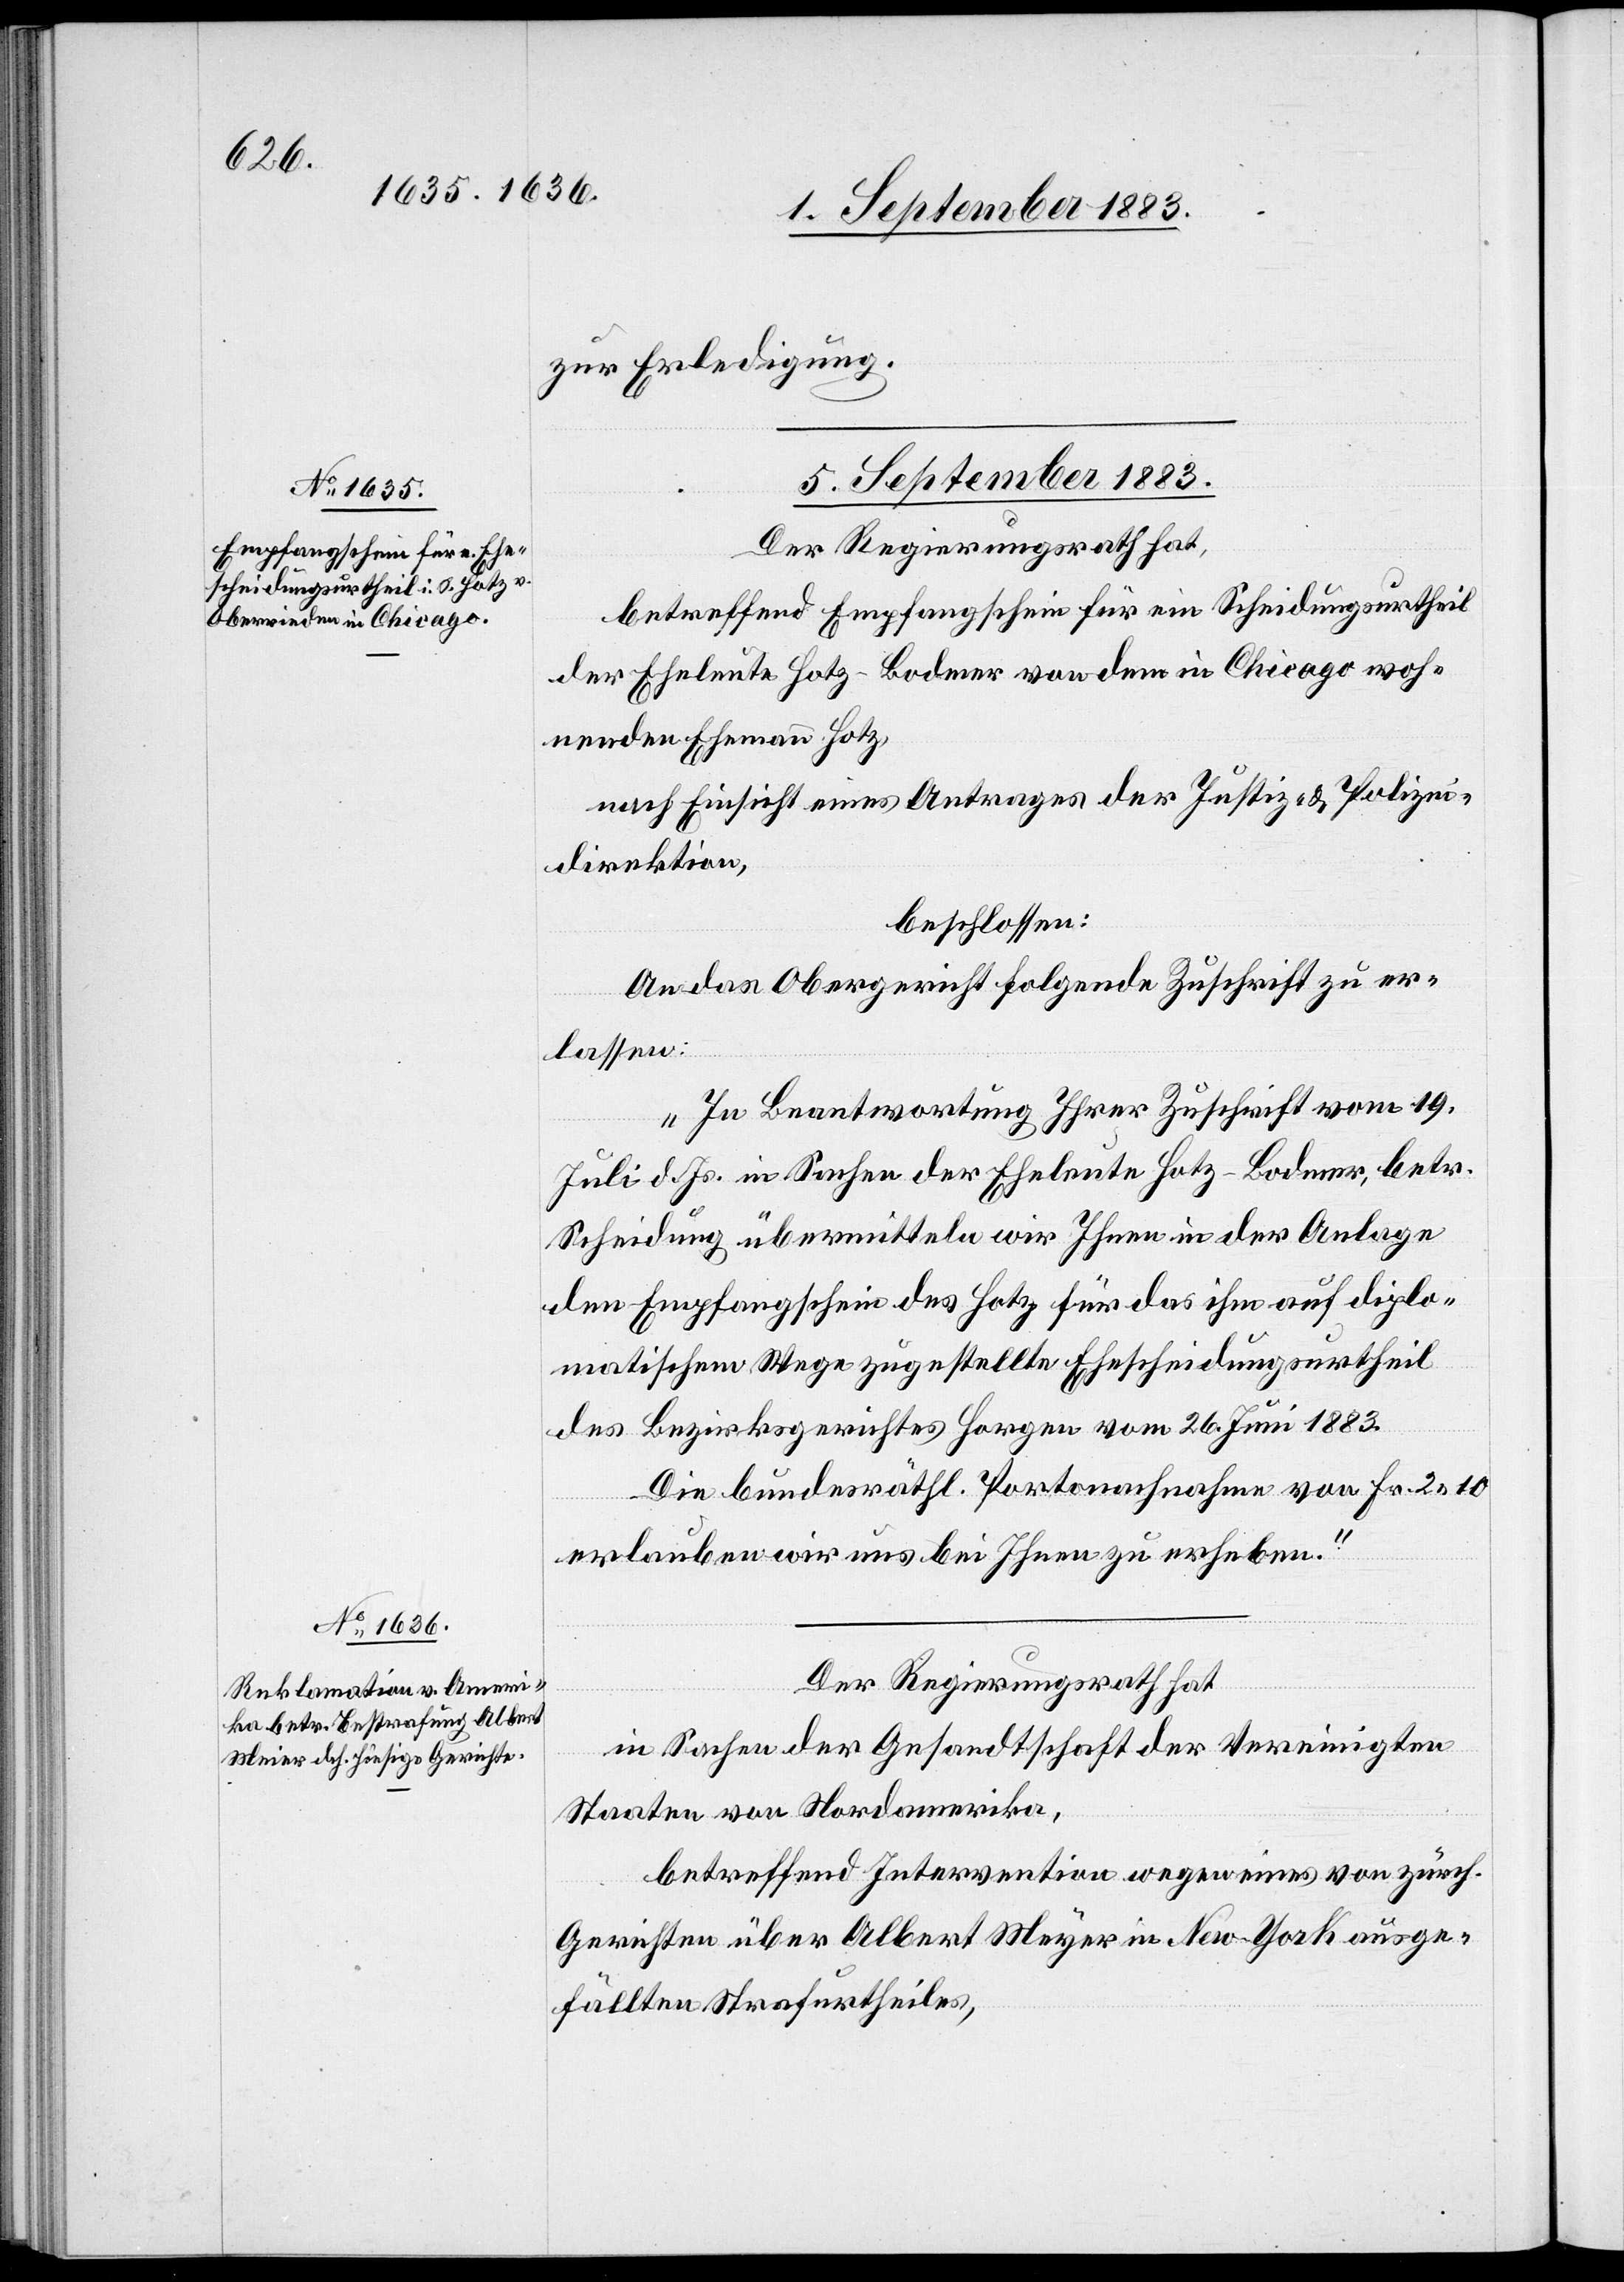
zur Erledigung.
5. September 1883.]
betreffend Empfangschein für ein Scheidungsurtheil
der Eheleute Hotz-Bodmer von dem in Chicago woh¬
nenden Ehemann Hotz,
nach Einsicht eines Antrages der Justiz- & Polizei¬
direktion,
beschlossen:
An das Obergericht folgende Zuschrift zu er¬
lassen:
„In Beantwortung Ihrer Zuschrift vom 19.
Juli d. Js. in Sachen der Eheleute Hotz-Bodmer, betr.
Scheidung übermitteln wir Ihnen in der Anlage
den Empfangschein des Hotz für das ihm auf diplo¬
matischem Wege zugestellte Ehescheidungsurtheil
des Bezirksgerichtes Horgen vom 26. Juni 1883.
Die bundesräthl. Portonachnahme von Fr. 2 10
erlauben wir uns bei Ihnen zu erheben.“
Der Regierungsrath hat,
in Sachen der Gesandtschaft der Vereinigten
Staaten von Nordamerika,
betreffend Intervention wegen eines von zürch.
Gerichten über Albert Meyer [sic!] in New-York ausge¬
fällten Strafurtheils,